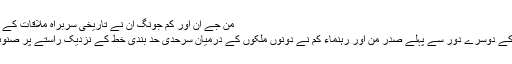
مُن جے اِن اور کِم جونگ اُن نے تاریخی سربراہ ملاقات کے موقع پر صنوبر کا درخت لگایا
قبل ازیں، دوپہر میں مذاکرات کے دوسرے دور سے پہلے صدر مُن اور رہنماء کِم نے دونوں ملکوں کے درمیان سرحدی حد بندی خط کے نزدیک راستے پر صنوبر کا ایک بڑا درخت بھی لگایا۔